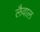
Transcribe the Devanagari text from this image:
लैवाल